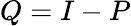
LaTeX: Q=I-P